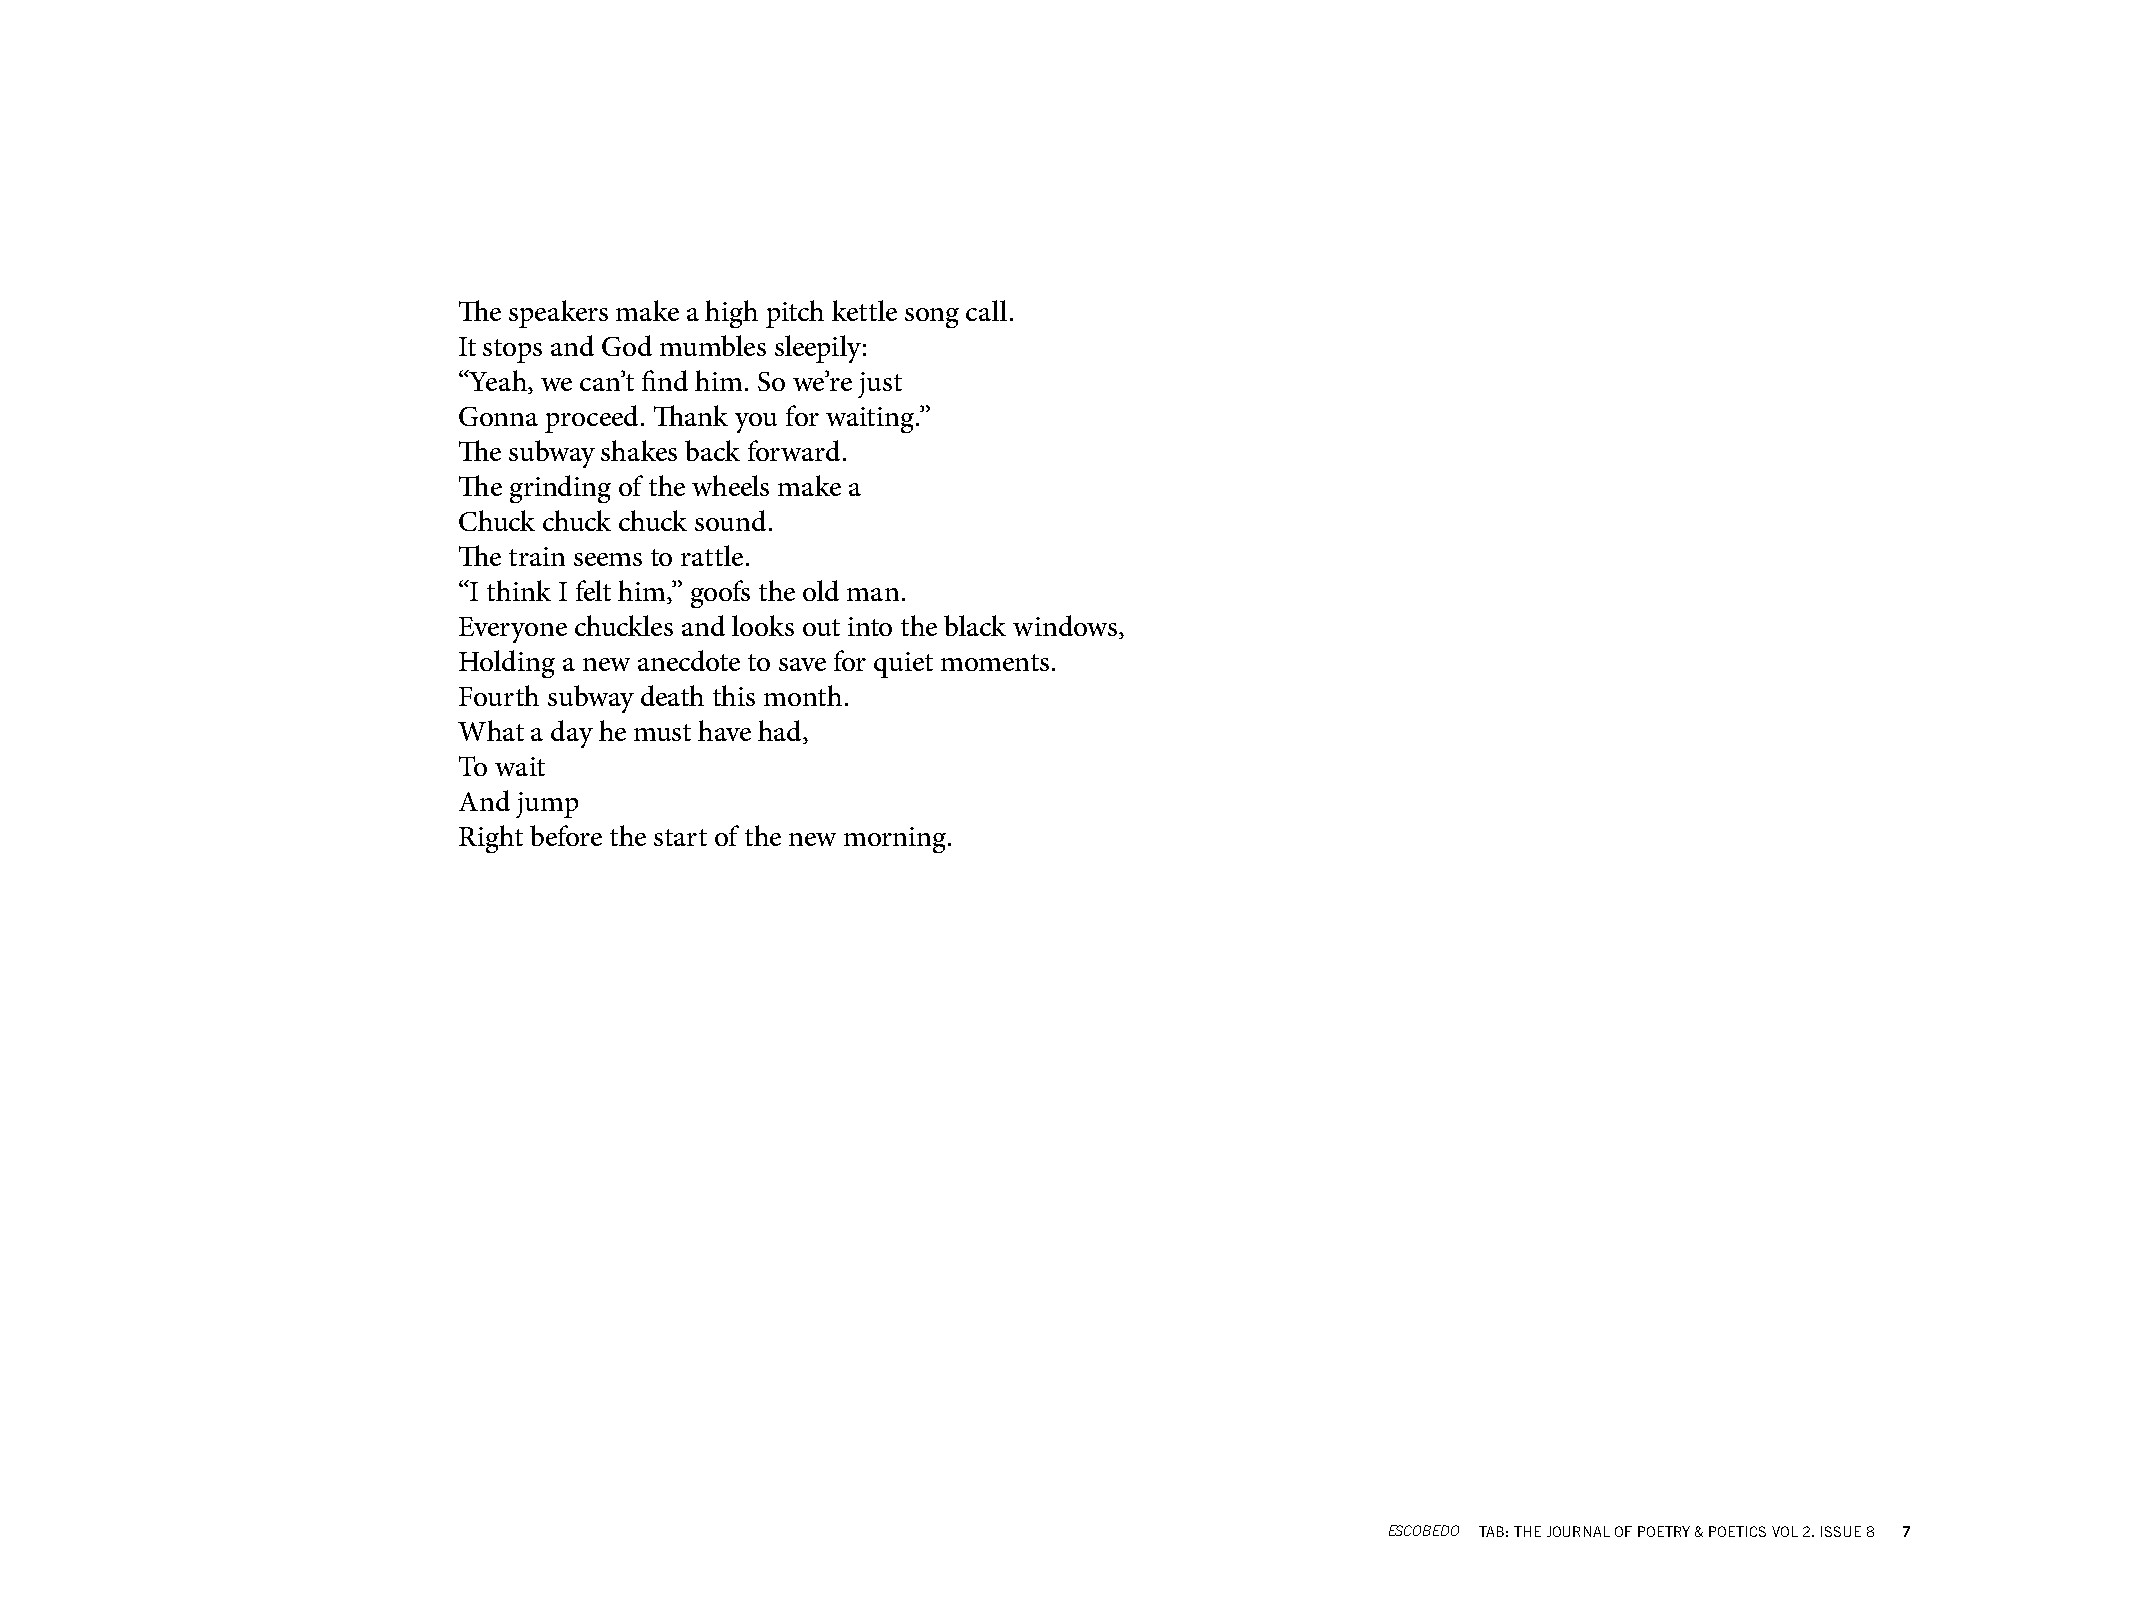
The speakers make a high pitch kettle song call.
 It stops and God mumbles sleepily:
 “Yeah, we can’t find him. So we’re just
 Gonna proceed. Thank you for waiting.”
 The subway shakes back forward.
 The grinding of the wheels make a
 Chuck chuck chuck sound.
 The train seems to rattle.
 “I think I felt him,” goofs the old man.
 Everyone chuckles and looks out into the black windows,
 Holding a new anecdote to save for quiet moments.
 Fourth subway death this month.
 What a day he must have had,
 To wait
 And jump
 Right before the start of the new morning.
 ESCOBEDO TAB: THE JOURNAL OF POETRY & POETICS VOL 2. ISSUE 8 7